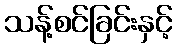
သန့်စင်ခြင်းနှင့်